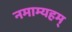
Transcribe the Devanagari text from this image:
नमाम्यहम्‌